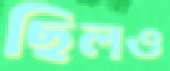
ছিলও